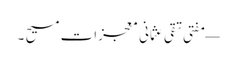
— مفتی تقی عثمانی معجزاتِ مسیح ۔